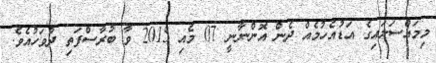
މިމައްސަލައިގެ އަޑުއެހުމެއް ދެން އޮންނާނީ 07 މެއި 2015 ވާ ބުރާސްފަތި ދުވަހުއެވެ.